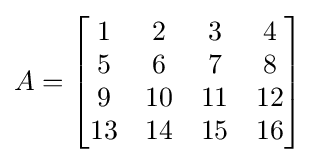
A={\begin{bmatrix}1&2&3&4\\5&6&7&8\\9&10&11&12\\13&14&15&16\end{bmatrix}}